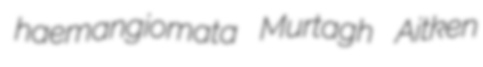
haemangiomata Murtagh Aitken